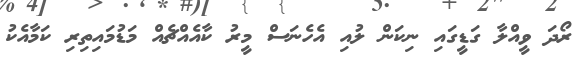
ރޯދަ ވީއްލާ ގަޑީގައި ނިކަން ލުއި އެހެނަސް މީރު ކާއެއްޗެއް މަޑުމައިތިރި ކަމާއެކު